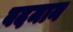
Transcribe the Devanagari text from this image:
बदमान